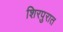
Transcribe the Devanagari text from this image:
शिरपुरात